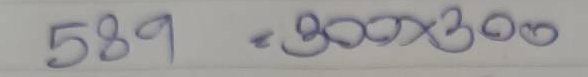
589 = 300x300